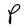
Character: P